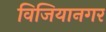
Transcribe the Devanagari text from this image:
विजियानगर